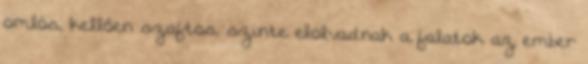
omlós, kellően szaftos, szinte elolvadnak a falatok az ember